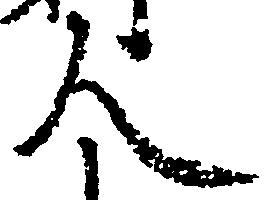
人